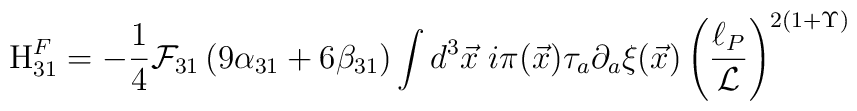
{\rm H}_{31}^{F}=-\frac{1}{4}{\cal F}_{31}\left( 9\alpha _{31}+6\beta_{31}\right) \int d^{3}{\vec{x}}\;i\pi ({\vec{x}})\tau _{a}\partial _{a}{\xi }(\vec{x})\left( \frac{\ell _{P}}{{\cal L}}\right) ^{2\left( 1+\Upsilon\right) }